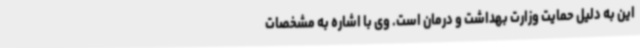
این به دلیل حمایت وزارت بهداشت و درمان است. وی با اشاره به مشخصات